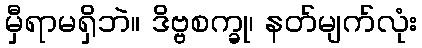
မှီရာမရှိဘဲ။ ဒိဗ္ဗစက္ခု၊ နတ်မျက်လုံး